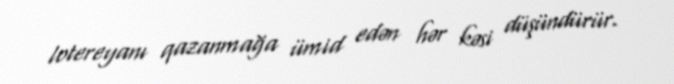
lotereyanı qazanmağa ümid edən hər kəsi düşündürür.